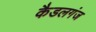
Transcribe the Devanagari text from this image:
कैडलगंज